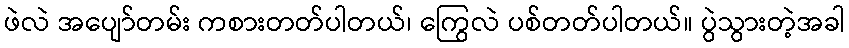
ဖဲလဲ အပျော်တမ်း ကစားတတ်ပါတယ်၊ ကြွေလဲ ပစ်တတ်ပါတယ်။ ပွဲသွားတဲ့အခါ